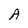
Character: A